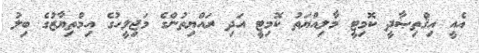
އެއީ އިޤްތިޞާދީ ކޮމިޓީ މާލިއްޔަތު ކޮމިޓީ އަދި ރައްޔިތުންގެ މަޖިލީހުގެ އިމްތިޔާޒުގެ ބިލު